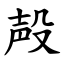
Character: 殸